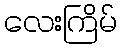
လေးကြိမ်